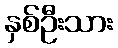
နှစ်ဦးသား